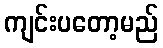
ကျင်းပတော့မည်